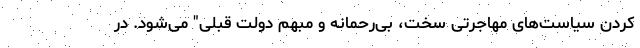
کردن سیاست‌های مهاجرتی سخت، بی‌رحمانه و مبهم دولت قبلی" می‌شود. در